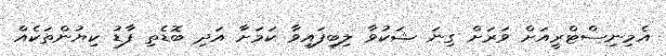
އެމިނިސްޓްރީއަށް ވަރަށް ގިނަ ޝަކުވާ ލިބިފައިވާ ކަމަށާ އަދި ބޮޑެތި ފާޑު ކިޔުންތަކެއް